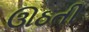
ઊઠતી